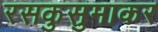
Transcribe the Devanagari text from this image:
रसकुसुमाकर